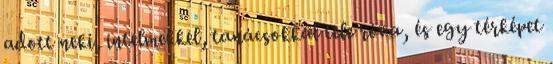
adott neki, intelmekkel, tanácsokkal tele róva, és egy térképet